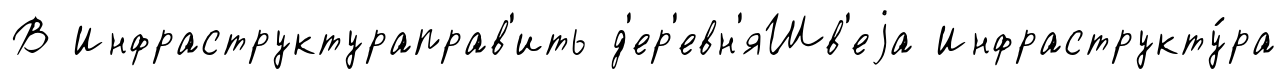
В Инфраструктураправ'ить д'ер'евн'яШв'еjа Инфраструкту́ра